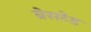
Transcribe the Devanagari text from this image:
ब्रेसटेड